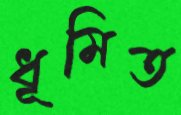
ধূমিত